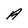
Character: A